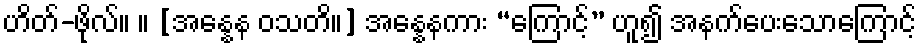
ဟိတ်-ဖိုလ်။ ။ [အန္နေန ဝသတိ။] အန္နေနကား “ကြောင့်” ဟူ၍ အနက်ပေးသောကြောင့်